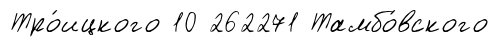
Тро́ицкого 10 262271 Тамбо́вского